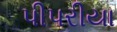
પીપરીયા